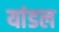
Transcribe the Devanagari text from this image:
यांडल